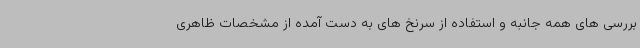
بررسی های همه جانبه و استفاده از سرنخ های به دست آمده از مشخصات ظاهری